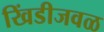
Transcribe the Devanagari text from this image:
खिंडीजवळ